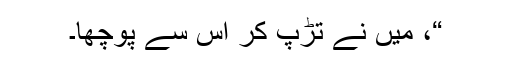
“، میں نے تڑپ کر اس سے پوچھا۔